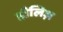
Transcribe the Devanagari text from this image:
हौलिज़